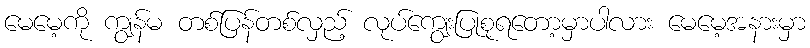
မေမေ့ကို ကျွန်မ တစ်ပြန်တစ်လှည့် လုပ်ကျွေးပြုစုရတော့မှာပါလား မေမေ့အနားမှာ